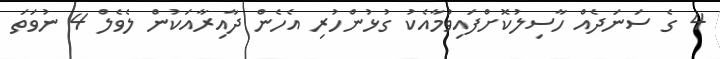
4 ގެ ސަނަދެއް ހާސިލުކޮށްފައިވުމާއެކު ގުޅުންހުރި އެހެން ދާއިރާއަކުން ލެވެލް 4 ނުވަތަ